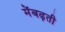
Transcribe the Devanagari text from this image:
मेंबढ़ती